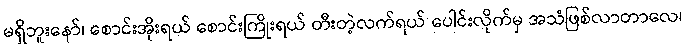
မရှိဘူးနော်၊ စောင်းအိုးရယ် စောင်းကြိုးရယ် တီးတဲ့လက်ရယ် ပေါင်းလိုက်မှ အသံဖြစ်လာတာလေ၊